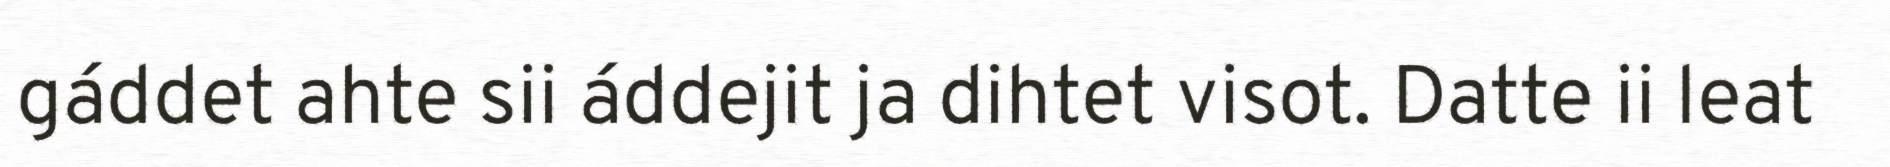
gáddet ahte sii áddejit ja dihtet visot. Datte ii leat